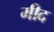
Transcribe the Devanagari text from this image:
मीद